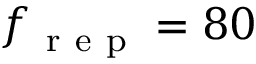
f _ { \mathrm { ~ r ~ e ~ p ~ } } = 8 0